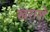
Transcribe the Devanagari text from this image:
खराशें